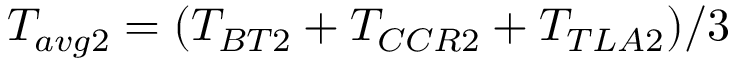
T _ { a v g 2 } = ( T _ { B T 2 } + T _ { C C R 2 } + T _ { T L A 2 } ) / 3